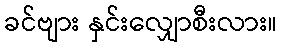
ခင်ဗျား နှင်းလျှောစီးလား။